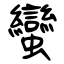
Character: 蠻